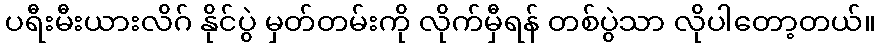
ပရီးမီးယားလိဂ် နိုင်ပွဲ မှတ်တမ်းကို လိုက်မှီရန် တစ်ပွဲသာ လိုပါတော့တယ်။